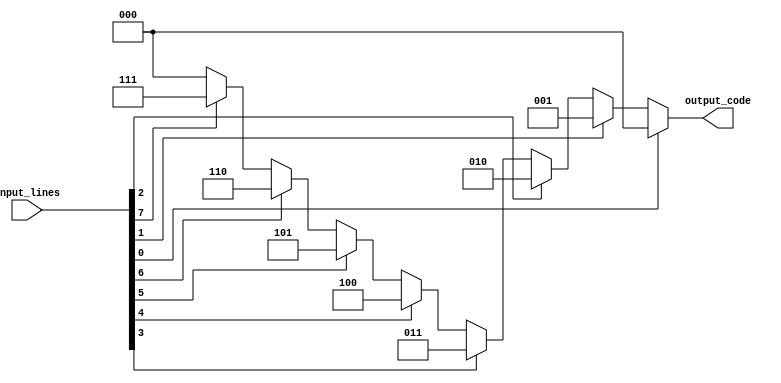
module octal_priority_encoder(
    input [7:0] input_lines,
    output reg[2:0] output_code
);

always @(*)
begin
    // Initialize output code to all 0s
    output_code = 3'b000;
    
    // Priority encoder logic
    if(input_lines[0] == 1) output_code = 3'b000;
    else if(input_lines[1] == 1) output_code = 3'b001;
    else if(input_lines[2] == 1) output_code = 3'b010;
    else if(input_lines[3] == 1) output_code = 3'b011;
    else if(input_lines[4] == 1) output_code = 3'b100;
    else if(input_lines[5] == 1) output_code = 3'b101;
    else if(input_lines[6] == 1) output_code = 3'b110;
    else if(input_lines[7] == 1) output_code = 3'b111;
end

endmodule